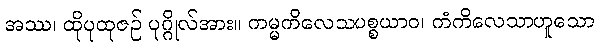
အဿ၊ ထိုပုထုဇဉ် ပုဂ္ဂိုလ်အား။ ကမ္မကိလေသပစ္စယာဝ၊ ကံကိလေသာဟူသော